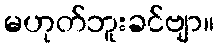
မဟုတ်ဘူးခင်ဗျာ။